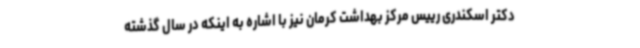
دکتر اسکندری رییس مرکز بهداشت کرمان نیز با اشاره به اینکه در سال گذشته